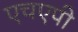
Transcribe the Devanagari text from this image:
एचएपी